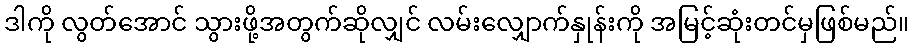
ဒါကို လွတ်အောင် သွားဖို့အတွက်ဆိုလျှင် လမ်းလျှောက်နှုန်းကို အမြင့်ဆုံးတင်မှဖြစ်မည်။